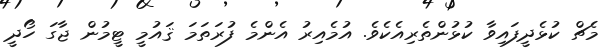
މެޗް ކުޅެދީފައިވާ ކުޅުންތެރިއެކެވެ. އުމެއިރު އެންމެ ފުރަތަމަ ޤައުމީ ޓީމުން ޖާގަ ހޯދީ